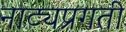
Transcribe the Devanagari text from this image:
नाट्यप्रगती